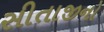
સીતાજીનો